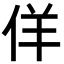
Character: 佯